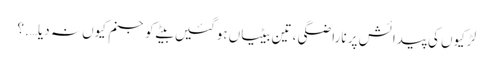
لڑکیوں کی پیدائش پر ناراضگی ، تین بیٹیاں ہوگئیں بیٹے کو جنم کیوں نہ دیا….؟